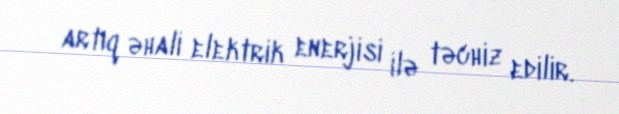
artıq əhali elektrik enerjisi ilə təchiz edilir.